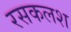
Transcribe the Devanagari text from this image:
रसकलश